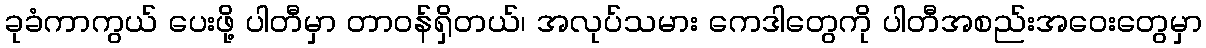
ခုခံကာကွယ် ပေးဖို့ ပါတီမှာ တာဝန်ရှိတယ်၊ အလုပ်သမား ကေဒါတွေကို ပါတီအစည်းအဝေးတွေမှာ